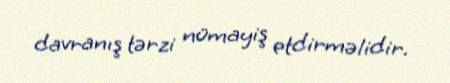
davranış tərzi nümayiş etdirməlidir.